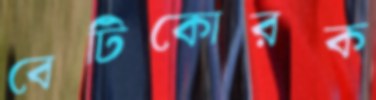
বেটিকোরক